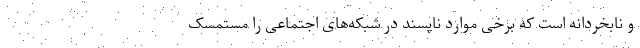
و نابخردانه است که برخی موارد ناپسند در شبکه‌های اجتماعی را مستمسک